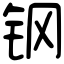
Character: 钢